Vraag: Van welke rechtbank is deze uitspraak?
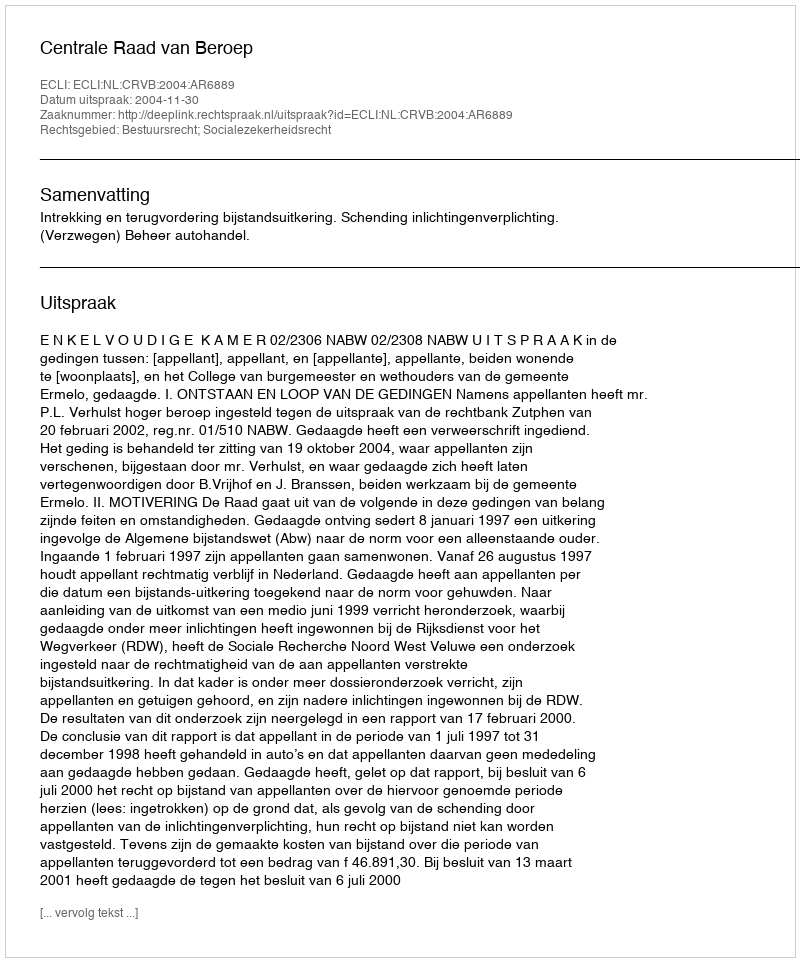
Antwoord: Centrale Raad van Beroep